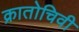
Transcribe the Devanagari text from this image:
क्रातोचिवी